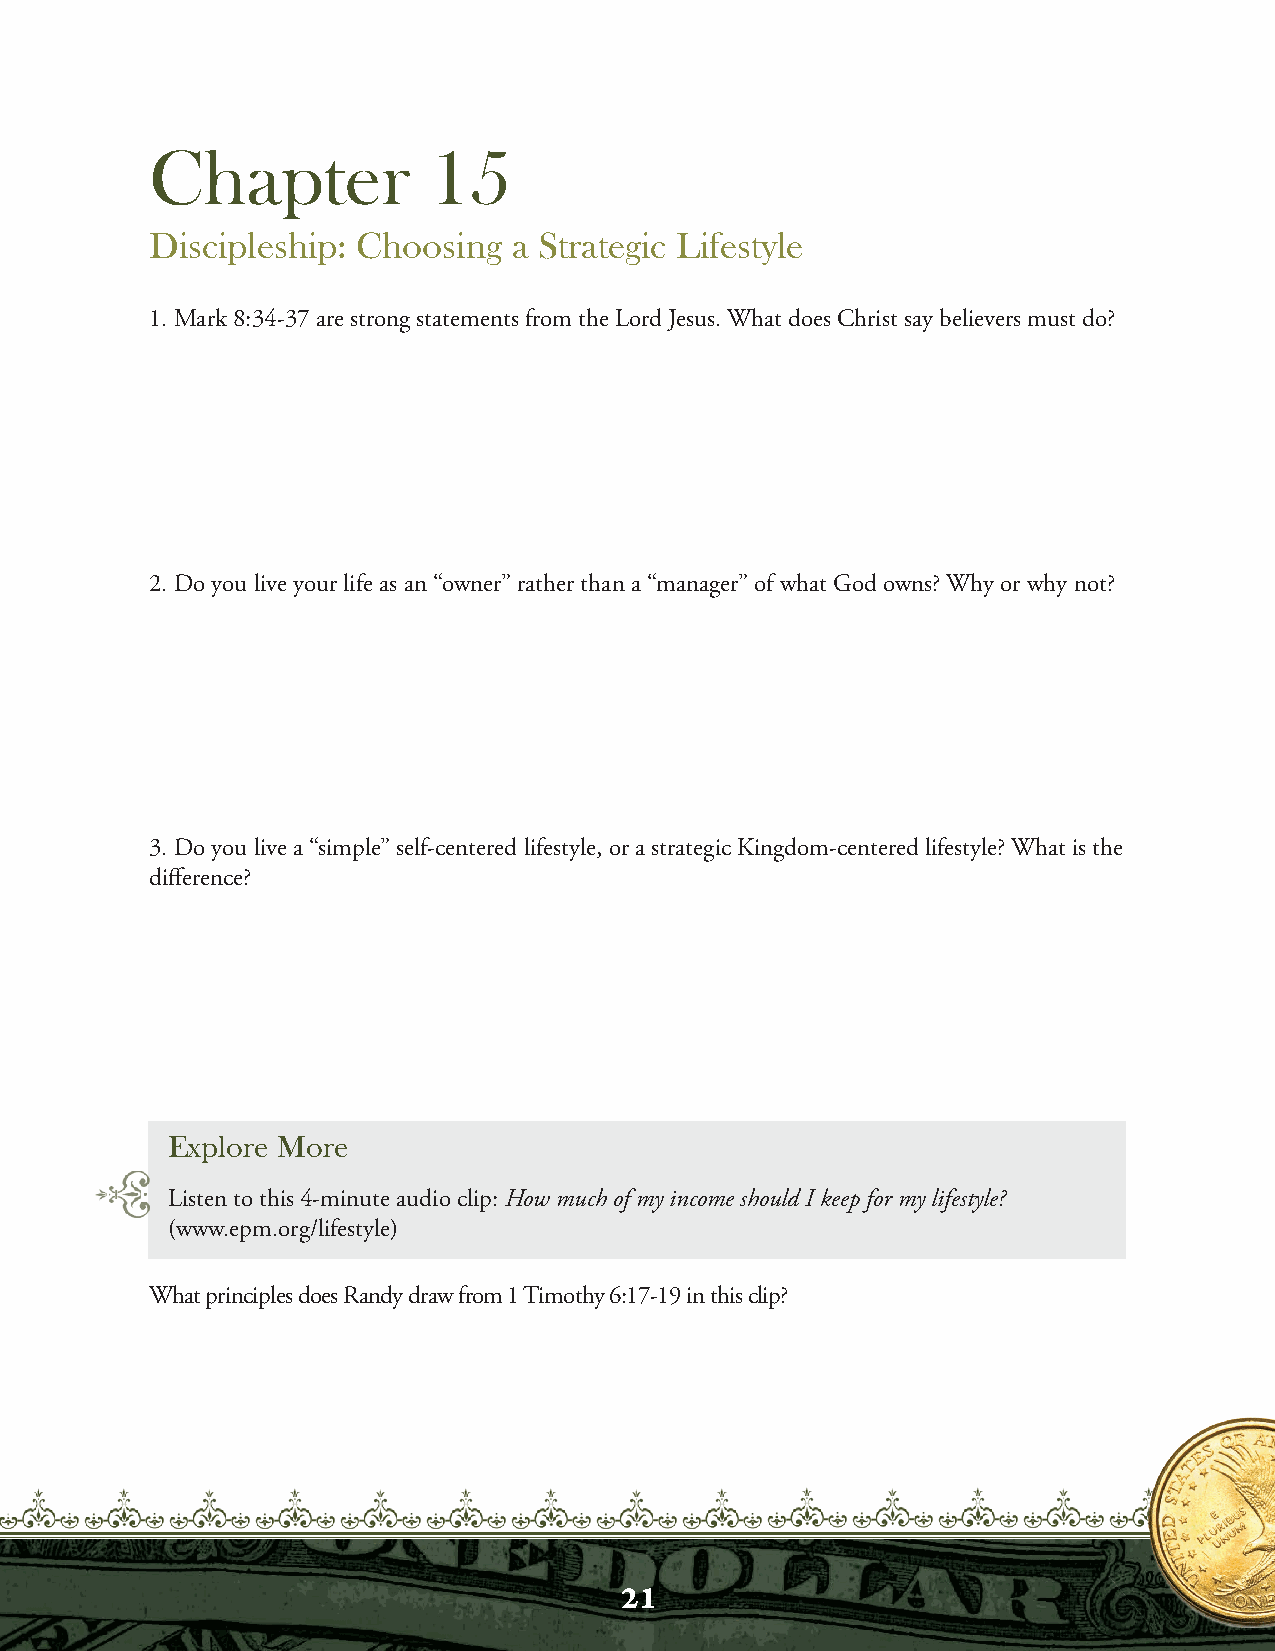
Chapter           15
 Discipleship: Choosing  a Strategic Lifestyle
 1. Mark 8:34-37 are strong statements from the Lord Jesus. What does Christ say believers must do?
 2. Do you live your life as an “owner” rather than a “manager” of what God owns? Why or why not?
 3. Do you live a “simple” self-centered lifestyle, or a strategic Kingdom-centered lifestyle? What is the
 difference?
 Explore More
 Listen to this 4-minute audio clip: How much of my income should I keep for my lifestyle?
 (www.epm.org/lifestyle)
 What principles does Randy draw from 1 Timothy 6:17-19 in this clip?
 21